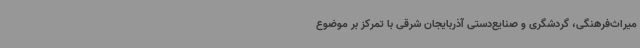
میراث‌فرهنگی، گردشگری و صنایع‌دستی آذربایجان شرقی با تمرکز بر موضوع